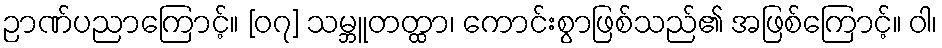
ဉာဏ်ပညာကြောင့်။ [၀၇] သမ္ဘူတတ္ထာ၊ ကောင်းစွာဖြစ်သည်၏ အဖြစ်ကြောင့်။ ဝါ၊